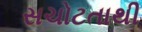
સચોટતાથી